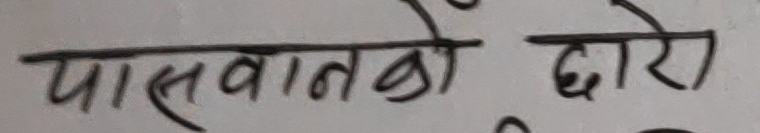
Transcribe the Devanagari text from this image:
पासबातको द्वार